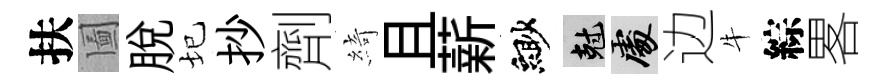
扶圗脱圮抄劑綺且薪緲剋處边牛綜畧